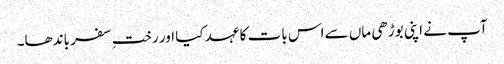
آپ نے اپنی بوڑھی ماں سے اس بات کا عہد کیا اور رختِ سفر باندھا۔